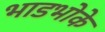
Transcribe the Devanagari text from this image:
भाडभोके